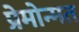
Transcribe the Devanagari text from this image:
प्रेमोन्मत